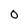
Character: 0